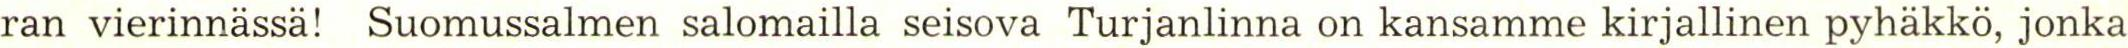
ran vierinnässä! Suomussalmen salomailla seisova Turjanlinna on kansamme kirjallinen pyhäkkö, jonka